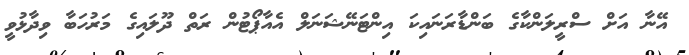
އޭނާ އަށް ސްރީލަންކާގެ ބަންޑާރަނައިކަ އިންޓަނޭޝަނަލް އެއާޕޯޓުން ރަތް ދޫލައިގެ މަރުހަބާ ވިދާޅުވީ